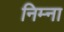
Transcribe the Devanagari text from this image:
निम्ना